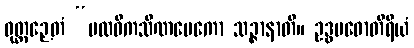
ဝုတ္တဉှေတံ “ပထဝီကသိဏမေကော သဉ္ဇာနာတိ။ ဥဒ္ဓမဓောတိရိယံ